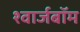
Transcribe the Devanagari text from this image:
श्वार्जबॉम